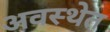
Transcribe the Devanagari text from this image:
अवस्‍थेत